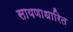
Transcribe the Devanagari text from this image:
सायणाधारित